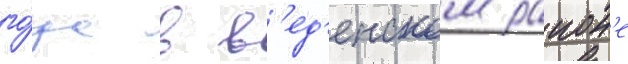
го́да в в'ед'енском раион'е